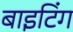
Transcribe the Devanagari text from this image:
बाइटिंग